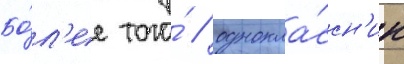
Бо́л'ее того́ / однокла́ссн'ик